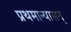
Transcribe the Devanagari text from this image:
प्रथमान्यासन्